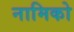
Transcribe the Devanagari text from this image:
नामिको